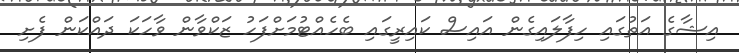
އިޝާގެ އަތުގައި ހިފާލައިގެން އައިސް ކައިރީގައި ބެހެއްޓުމަށްފަހު ޒަކްވާން ވާހަކަ ދައްކަން ފެށި